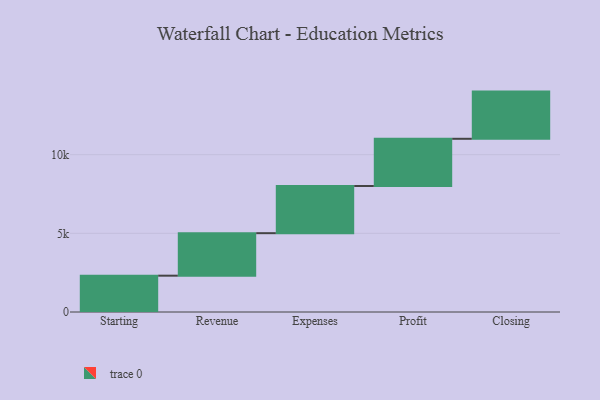
{"axis": {"x": "Step", "y": "Value"}, "legend": [""], "data": [{"x": "Starting", "y": 2309.0, "type": ""}, {"x": "Revenue", "y": 2701.0, "type": ""}, {"x": "Expenses", "y": 3000, "type": ""}, {"x": "Profit", "y": 3000, "type": ""}, {"x": "Closing", "y": 3000, "type": ""}]}